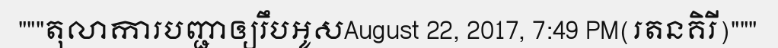
"""តុលាការបញ្ជាឲ្យរឹបអូសAugust 22, 2017, 7:49 PM(រតនគិរី)"""